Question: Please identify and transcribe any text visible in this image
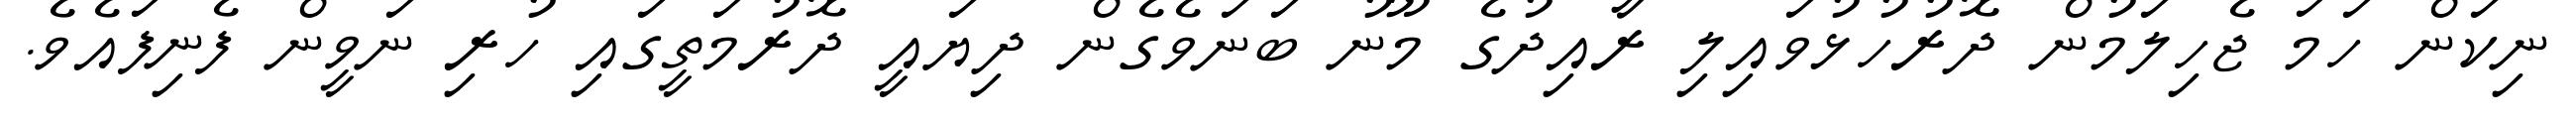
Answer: ނިކަން ހަމަ ޖެހިލަމުން ދޮރުހުޅުވައިލި ރާއިދުގެ މޫނު ބަނަވެގެން ދިޔައީ ދޮރުމަތީގައި ހުރި ނަވީން ފެނިފައެވެ.